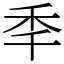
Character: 秊